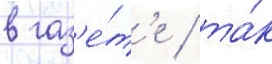
в газ'е́т'е / та́к